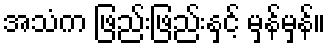
အသံက ဖြည်းဖြည်းနှင့် မှန်မှန်။